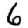
Digit: 6